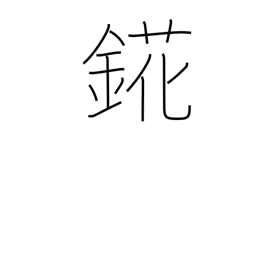
Meaning: holmium